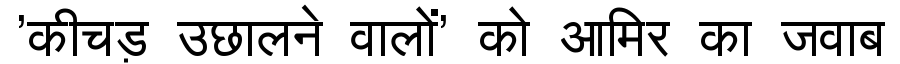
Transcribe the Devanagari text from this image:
'कीचड़ उछालने वालों' को आमिर का जवाब